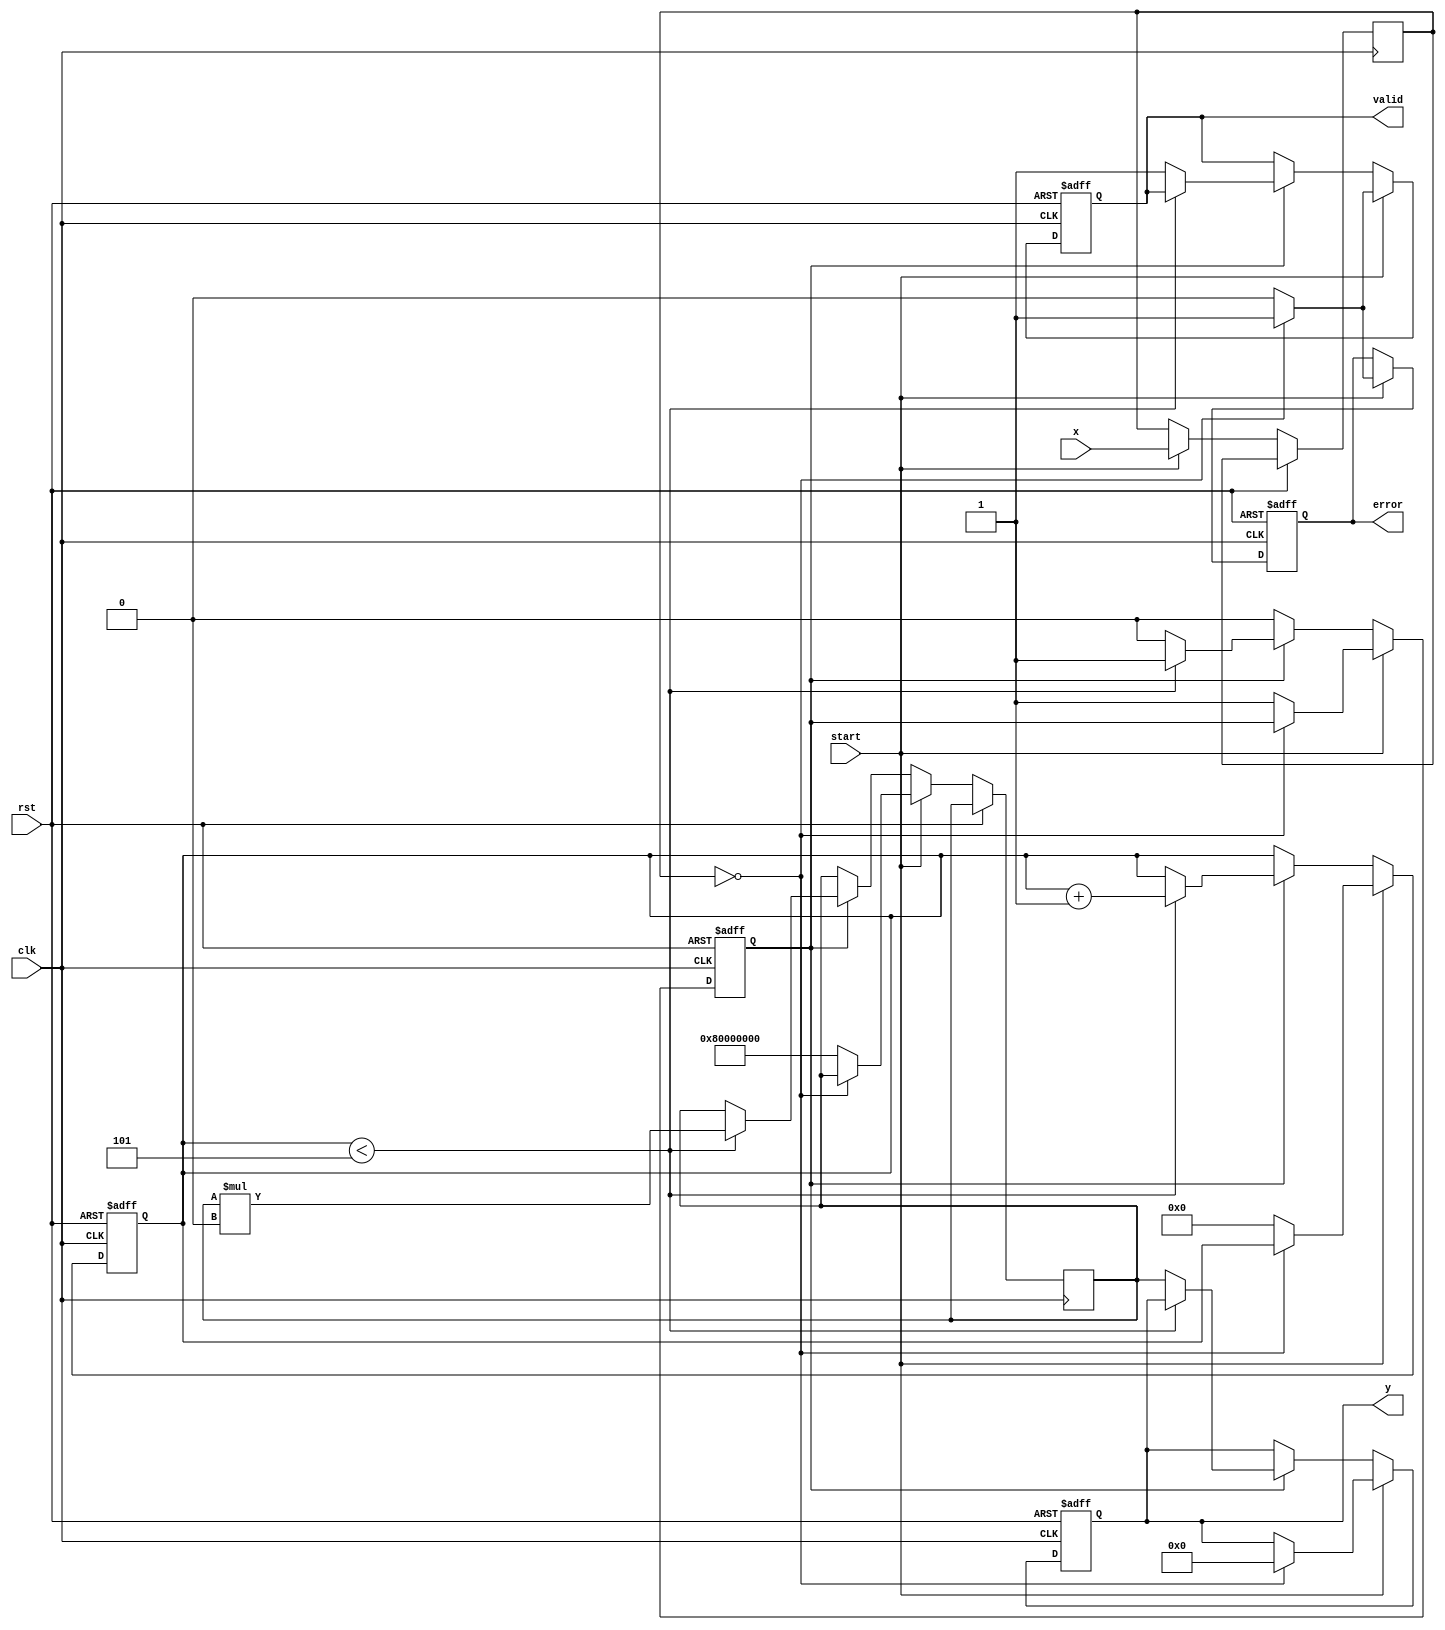
module ReciprocalUnit #(
    parameter N = 32,      // Bit width for input and output
    parameter ITERATIONS = 5 // Number of Newton-Raphson iterations
)(
    input wire clk,
    input wire rst,
    input wire start,
    input wire [N-1:0] x, // Input data
    output reg [N-1:0] y, // Reciprocal result
    output reg valid,      // Indicates valid output
    output reg error       // Indicates division by zero
);

    reg [N-1:0] input_data;
    reg [N-1:0] approx; // Approximation of the reciprocal
    reg [3:0] count;    // Iteration counter
    reg calculating;     // State flag for computing

    always @(posedge clk or posedge rst) begin
        if (rst) begin
            y <= 0;
            valid <= 0;
            error <= 0;
            calculating <= 0;
            count <= 0;
        end else if (start) begin
            input_data <= x;
            if (input_data == 0) begin
                error <= 1; // Division by zero error
                valid <= 1; // Output valid even if error
                y <= 0;     // Output zero for division by zero
            end else begin
                error <= 0;
                valid <= 0; // Reset valid signal
                approx <= {1'b1, {N-1{1'b0}}}; // Initial guess for reciprocal (1.0 in fixed-point)
                count <= 0;
                calculating <= 1; // Start calculating
            end
        end else if (calculating) begin
            if (count < ITERATIONS) begin
                // Newton-Raphson update: approx = approx * (2 - input_data * approx)
                approx <= approx * (2**N - (input_data * approx >> N)); // Shift for scaling
                count <= count + 1;
            end else begin
                y <= approx; // Final result
                valid <= 1;  // Indicate output is valid
                calculating <= 0; // End calculating
            end
        end
    end

endmodule